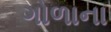
ગોળાના